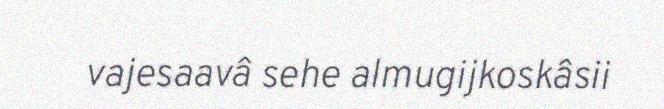
vajesaavâ sehe almugijkoskâsii